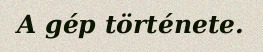
A gép története.